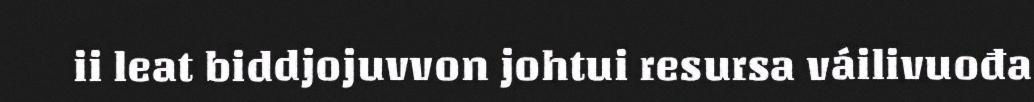
ii leat biddjojuvvon johtui resursa váilivuođa